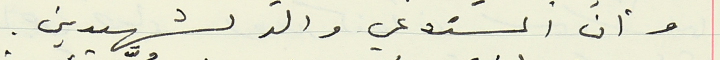
وان المستدعي والد لشهيدين.